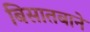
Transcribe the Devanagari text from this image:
बिसातबाने